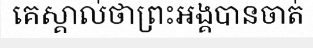
គេស្គាល់ថាព្រះអង្គបានចាត់